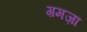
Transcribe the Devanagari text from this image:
ग़मज़ा